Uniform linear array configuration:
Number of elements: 64
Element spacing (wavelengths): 0.75
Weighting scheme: cosine
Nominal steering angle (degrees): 30
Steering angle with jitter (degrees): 28.263
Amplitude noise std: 0.05
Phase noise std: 0.05

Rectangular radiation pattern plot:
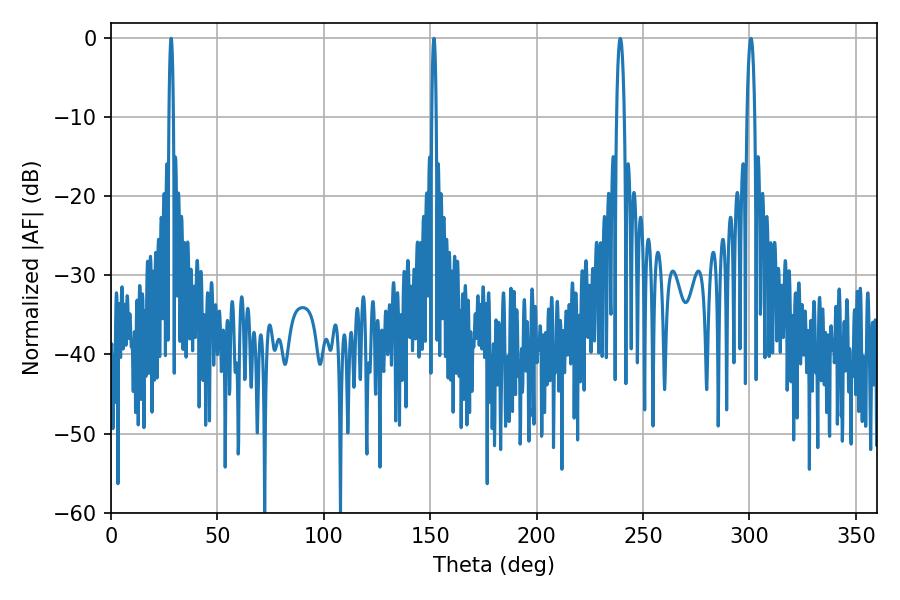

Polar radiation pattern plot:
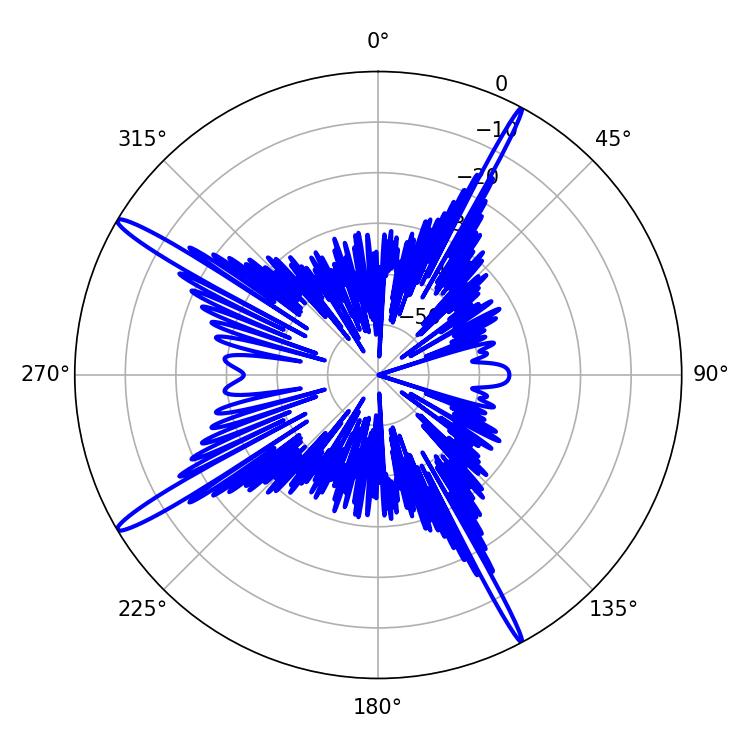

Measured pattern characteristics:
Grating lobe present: TRUE
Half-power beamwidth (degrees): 1.08
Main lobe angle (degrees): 28.26